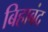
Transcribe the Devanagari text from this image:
बिहाबंद